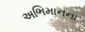
અભિમાનના